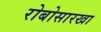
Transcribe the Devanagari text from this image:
रोबोसारखा